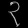
Digit: ၃